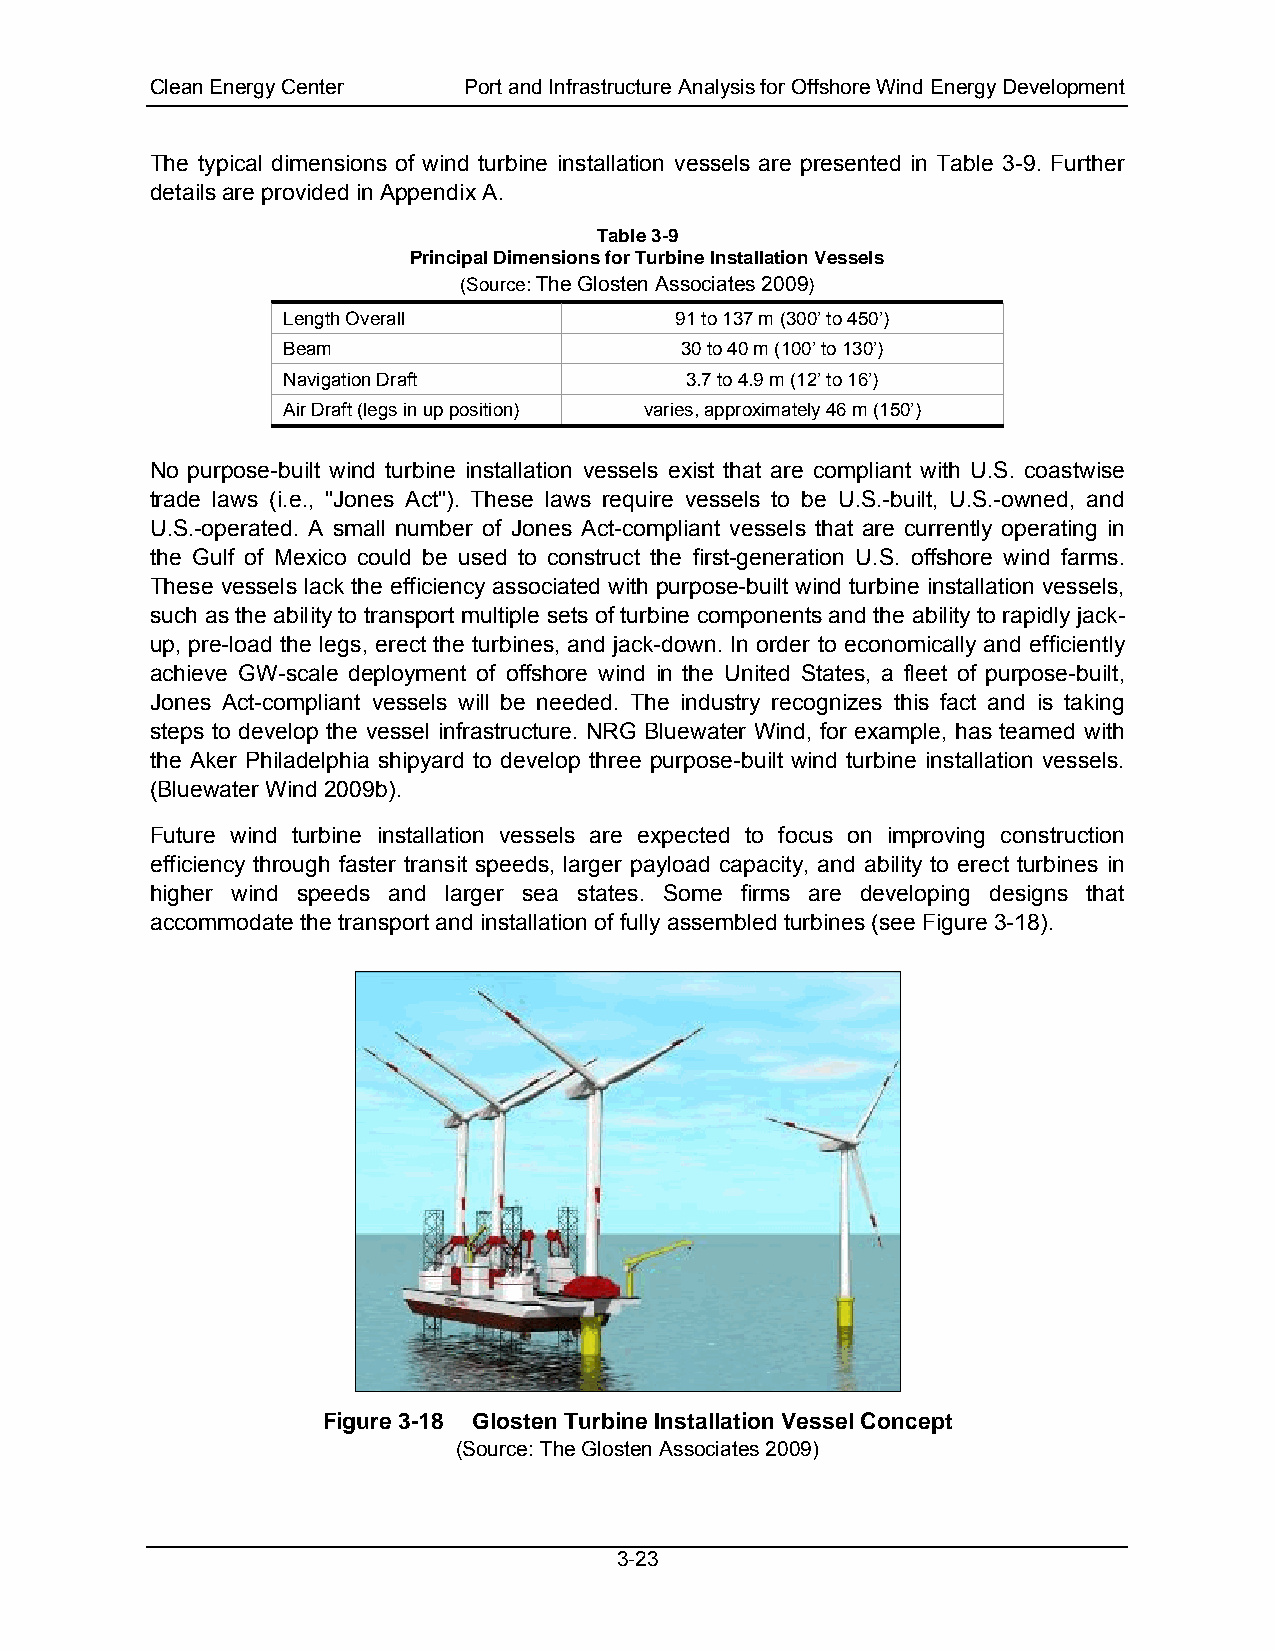
Clean Energy Center  Port and Infrastructure Analysis for Offshore Wind Energy Development
 The typical dimensions of wind turbine installation vessels are presented in Table 3-9. Further
 details are provided in Appendix A.
 Table 3-9
 Principal Dimensions for Turbine Installation Vessels
 (Source: The Glosten Associates 2009)
 Length Overall            91 to 137 m (300’ to 450’)
 Beam                      30 to 40 m (100’ to 130’)
 Navigation Draft          3.7 to 4.9 m (12’ to 16’)
 Air Draft (legs in up position) varies, approximately 46 m (150’)
 No purpose-built wind turbine installation vessels exist that are compliant with U.S. coastwise
 trade laws (i.e., "Jones Act"). These laws require vessels to be U.S.-built, U.S.-owned, and
 U.S.-operated. A small number of Jones Act-compliant vessels that are currently operating in
 the Gulf of Mexico could be used to construct the first-generation U.S. offshore wind farms.
 These vessels lack the efficiency associated with purpose-built wind turbine installation vessels,
 such as the ability to transport multiple sets of turbine components and the ability to rapidly jack-
 up, pre-load the legs, erect the turbines, and jack-down. In order to economically and efficiently
 achieve GW-scale deployment of offshore wind in the United States, a fleet of purpose-built,
 Jones Act-compliant vessels will be needed. The industry recognizes this fact and is taking
 steps to develop the vessel infrastructure. NRG Bluewater Wind, for example, has teamed with
 the Aker Philadelphia shipyard to develop three purpose-built wind turbine installation vessels.
 (Bluewater Wind 2009b).
 Future wind turbine installation vessels are expected to focus on improving construction
 efficiency through faster transit speeds, larger payload capacity, and ability to erect turbines in
 higher wind speeds and larger sea states. Some firms are developing designs that
 accommodate the transport and installation of fully assembled turbines (see Figure 3-18).
 Figure 3-18 Glosten Turbine Installation Vessel Concept
 (Source: The Glosten Associates 2009)
 3-23